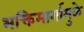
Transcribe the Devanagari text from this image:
भक्तिमार्गामुळे